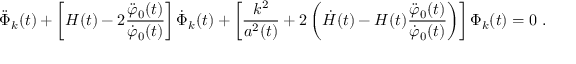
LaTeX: \ddot { \Phi } _ { k } ( t ) + \left[ H ( t ) - 2 \frac { \ddot { \varphi } _ { 0 } ( t ) } { \dot { \varphi } _ { 0 } ( t ) } \right] \dot { \Phi } _ { k } ( t ) + \left[ \frac { k ^ { 2 } } { a ^ { 2 } ( t ) } + 2 \left( \dot { H } ( t ) - H ( t ) \frac { \ddot { \varphi } _ { 0 } ( t ) } { \dot { \varphi } _ { 0 } ( t ) } \right) \right] \Phi _ { k } ( t ) = 0 \; .